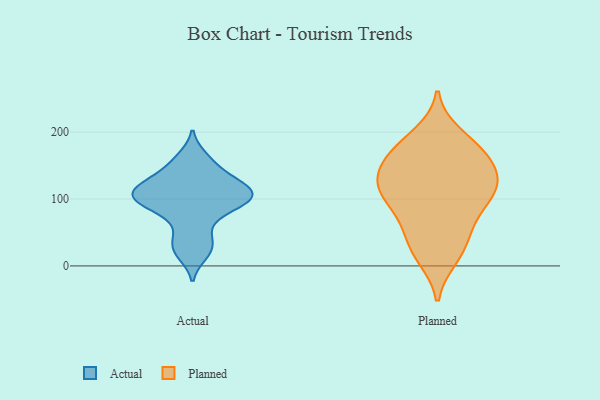
{"axis": {"x": "Backlog", "y": "Value"}, "legend": ["Actual", "Planned"], "data": [{"x": "", "y": 17, "type": "Actual"}, {"x": "", "y": 101, "type": "Actual"}, {"x": "", "y": 123, "type": "Actual"}, {"x": "", "y": 114, "type": "Actual"}, {"x": "", "y": 97, "type": "Actual"}, {"x": "", "y": 117, "type": "Actual"}, {"x": "", "y": 90, "type": "Actual"}, {"x": "", "y": 163, "type": "Actual"}, {"x": "", "y": 96, "type": "Actual"}, {"x": "", "y": 46, "type": "Actual"}, {"x": "", "y": 130, "type": "Actual"}, {"x": "", "y": 108, "type": "Actual"}, {"x": "", "y": 29, "type": "Actual"}, {"x": "", "y": 75, "type": "Actual"}, {"x": "", "y": 148, "type": "Actual"}, {"x": "", "y": 128, "type": "Planned"}, {"x": "", "y": 196, "type": "Planned"}, {"x": "", "y": 93, "type": "Planned"}, {"x": "", "y": 169, "type": "Planned"}, {"x": "", "y": 13, "type": "Planned"}, {"x": "", "y": 134, "type": "Planned"}, {"x": "", "y": 63, "type": "Planned"}, {"x": "", "y": 120, "type": "Planned"}, {"x": "", "y": 96, "type": "Planned"}, {"x": "", "y": 55, "type": "Planned"}, {"x": "", "y": 18, "type": "Planned"}, {"x": "", "y": 165, "type": "Planned"}, {"x": "", "y": 185, "type": "Planned"}, {"x": "", "y": 121, "type": "Planned"}, {"x": "", "y": 162, "type": "Planned"}, {"x": "", "y": 117, "type": "Planned"}, {"x": "", "y": 36, "type": "Planned"}, {"x": "", "y": 153, "type": "Planned"}, {"x": "", "y": 102, "type": "Planned"}]}